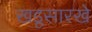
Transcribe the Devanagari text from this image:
खडूसारखे